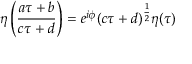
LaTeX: \eta \left( \frac { a \tau + b } { c \tau + d } \right) = e ^ { i \phi } ( c \tau + d ) ^ { \frac { 1 } { 2 } } \eta ( \tau )